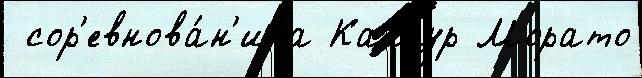
 сор'евнова́н'иjа Каллур Морато